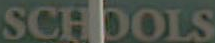
SCHOOLS